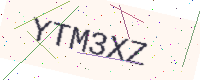
Text: YTM3XZ